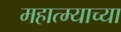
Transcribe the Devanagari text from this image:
महात्म्याच्या